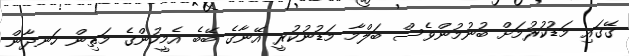
ގޭގައި މަޑުކުރުމަށް ބުނުމުންވެސް ބަލްމާ މަޑުނުކުރީ އޭނާގެ ބޭބެ އެމީހުންގެ މަތިން ހަނދާން